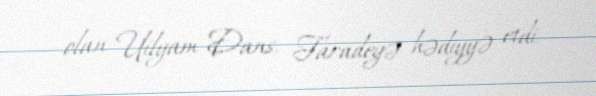
olan Uilyam Dans, Faradeyə hədiyyə etdi.